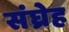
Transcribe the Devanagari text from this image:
संघ्रेह